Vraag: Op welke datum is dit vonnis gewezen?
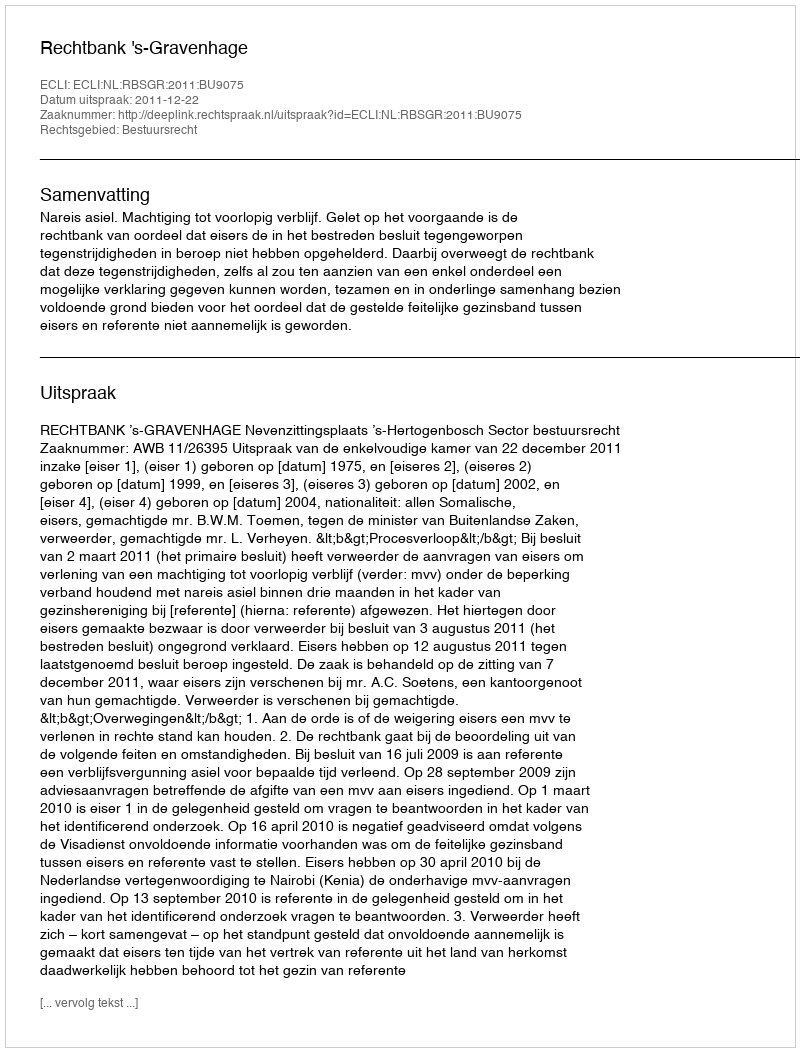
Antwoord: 2011-12-22